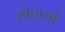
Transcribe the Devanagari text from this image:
सोहागी